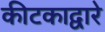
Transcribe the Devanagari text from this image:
कीटकाद्वारे